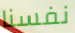
نفسنا